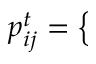
p _ { i j } ^ { t } = \left\{ \begin{array} { l l } { \begin{array} { r l r } \end{array} } \end{array} \right.